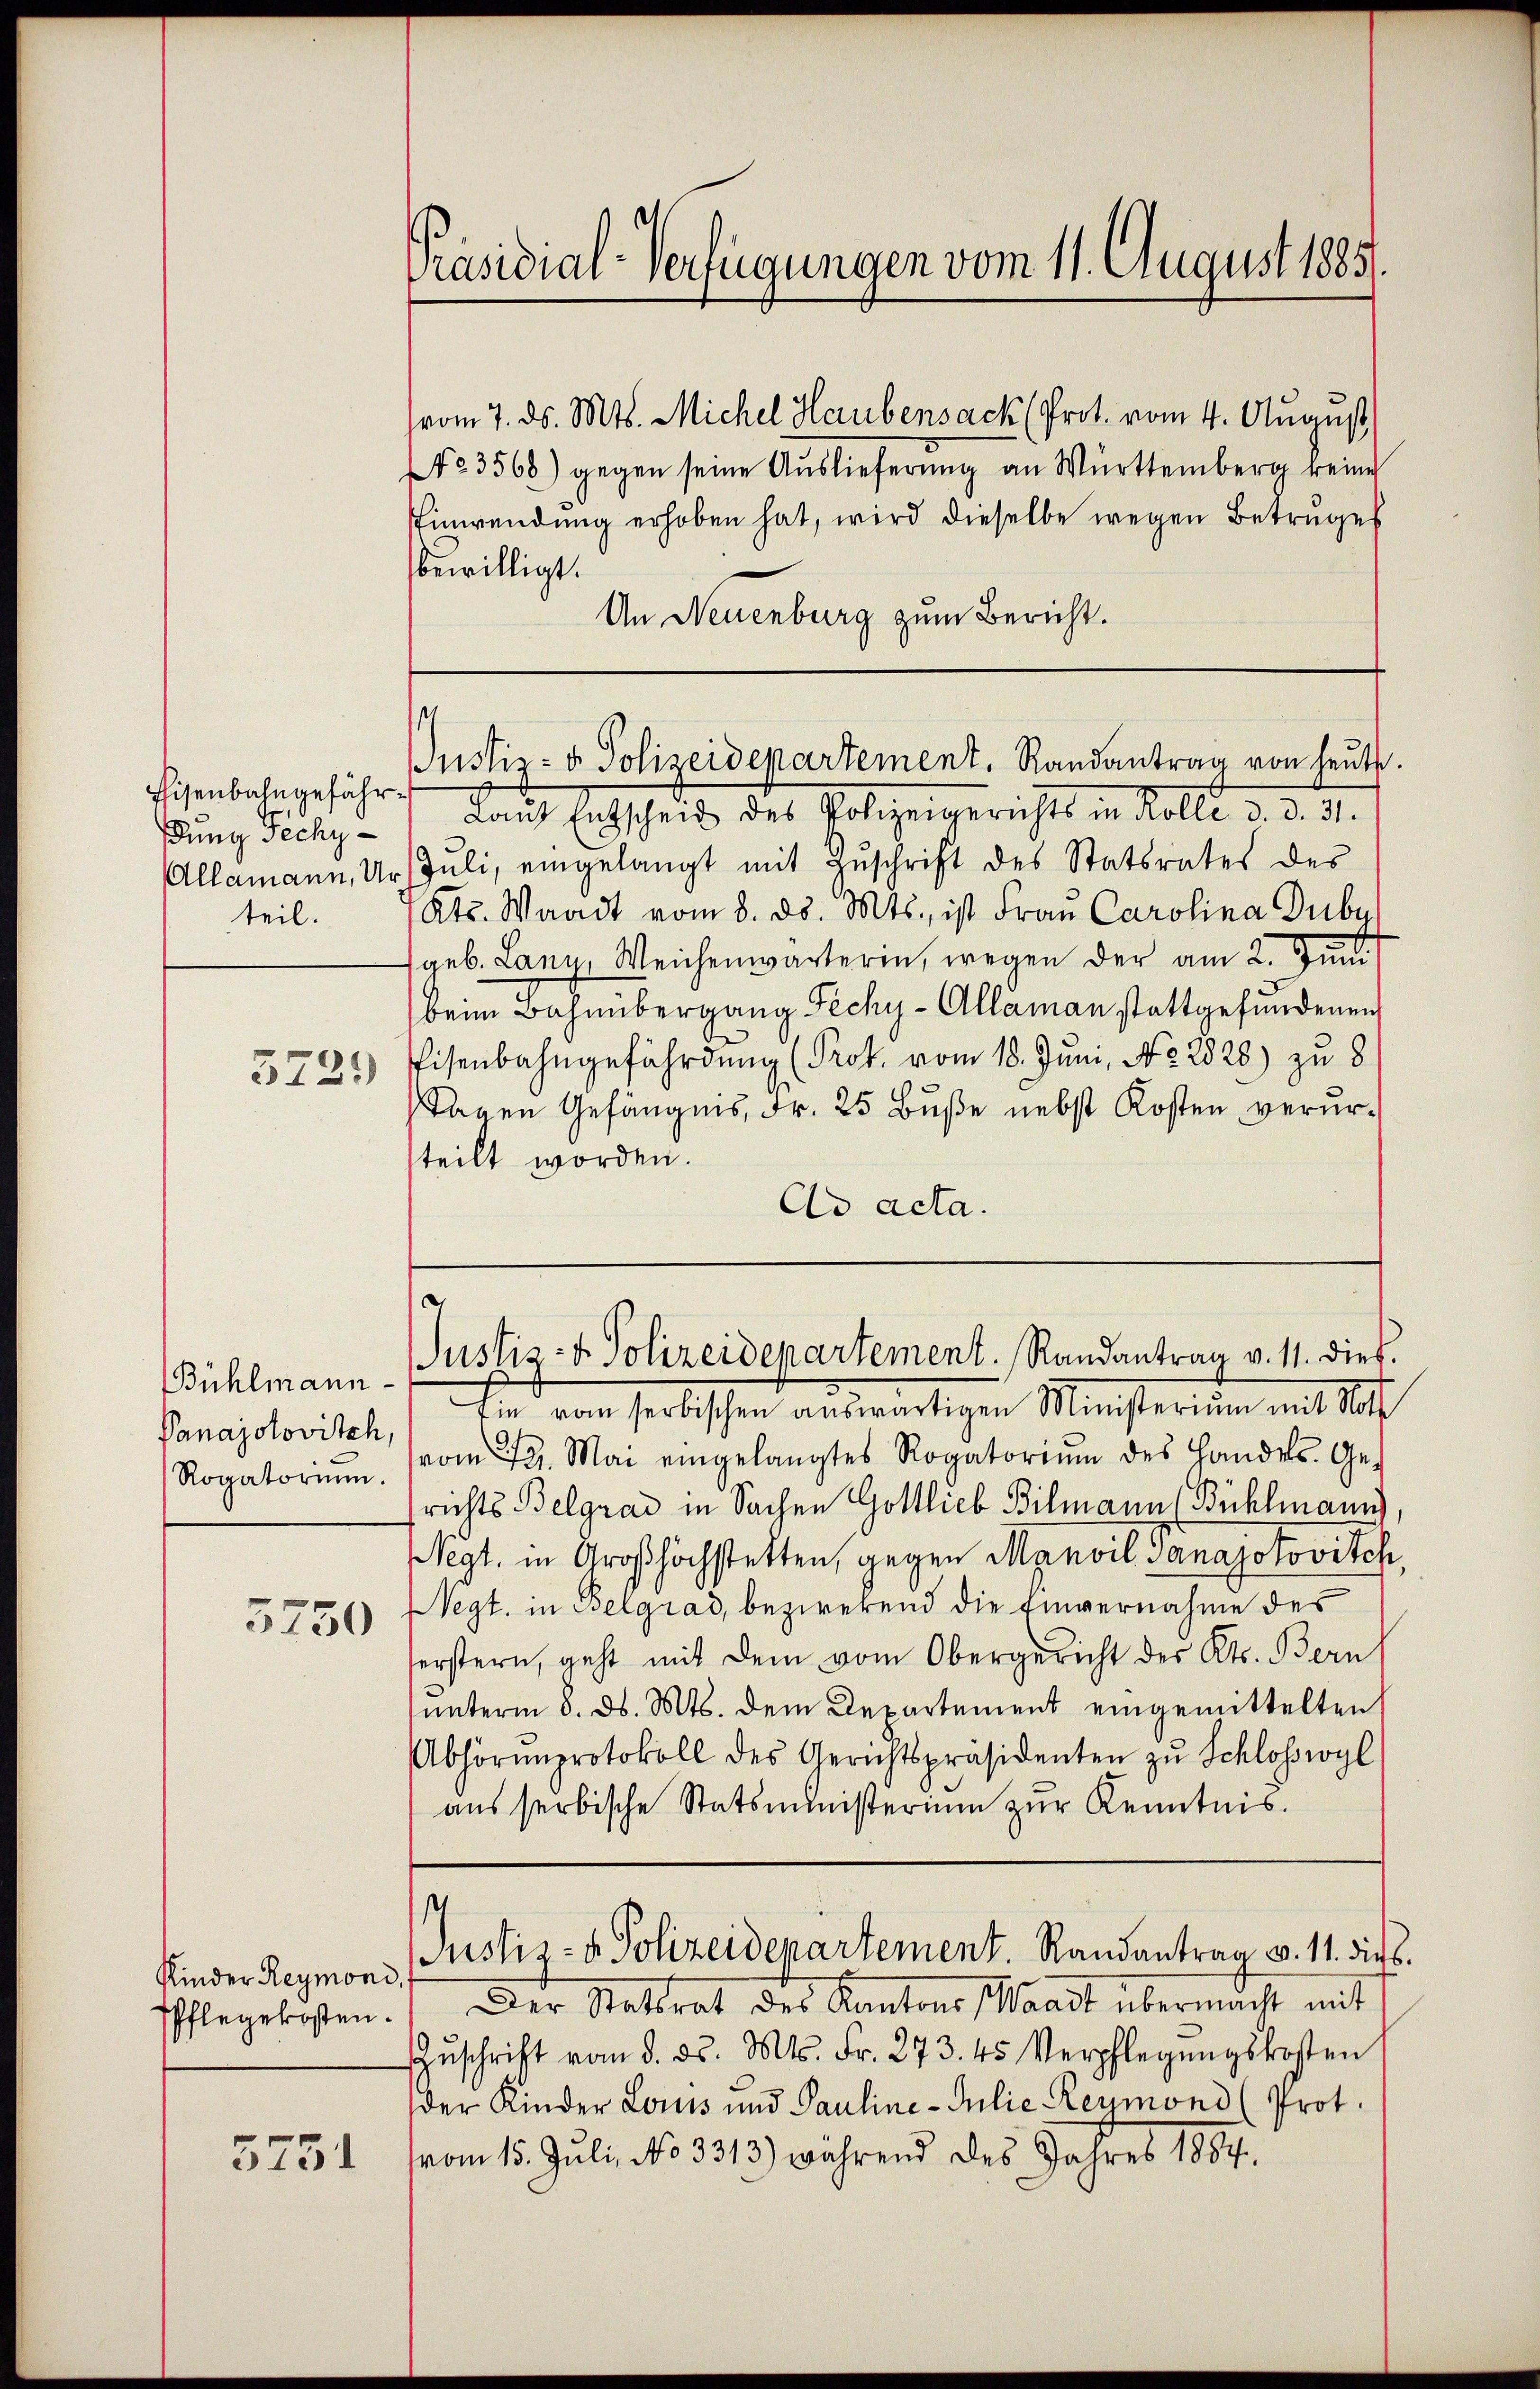
Eisenbahngefährdung Sechy-
teil.
3729)

Bühlmann
Panajolovitch,
Rogatorium.

5750

Kinder Reymoni,
Pflegekosten.

5731

vom 7. ds. Mts. Michel Haubensack (Prot. vom 4. August
No 3568) gegen seine Auslieferung an Württemberg keine
Einwendung erhoben hat, wird dieselbe wegen Betruges
bewilligt.
An Neuenburg zum Bericht.

Präsidial-Verfügungen vom 11. August 1885.

s
Justiz- & Polizeidepartement. Randantrag von heute.

Laut Entscheid des Polizeigerichts in Kolle d. d. 31.
Allamann, Urh Jŭli, eingelangt mit Zŭschrift des Statsrates des
Kts. Waadt vom 8. d. Mts., ist Frau Carolina Duby
geb. Lang, Weichenwärterin, wegen der am 2. Juni
beim Bahnübergang Fechy-Allaman stattgefundenen
Eisenbahngefährdung (Prot. vom 18. Juni, No. 2828) zu 8
Tagen Gefängnis, Fr. 25 Bŭβe nebst Kosten verur-
steilt worden.
Cs acta.

d
Justiz- & Polizeidepartement. Randantrag v. 11. dies.

Ein vom serbischen auswärtigen Ministerium mit Notf
vom 22. Mai eingelangtes Rogatoriŭm des Handels. Ge-
richts Belgrad in Sachen Gottlieb Bilmann (Bühlmann
egt. in Großhöchstetten, gegen Manvil Panajotovitch,
Negt. in Belgrad, bezwekend die Einvernahme des
erstern, geht mit dem vom Obergericht des Kts. Bern
unterm 8. ds. Mts. dem Departement eingemittelten
Abhörmprotokoll des Gerichtspräsidenten zŭ Schlosswyl
aŭs serbische Statsministerium zur Kenntnis.
¬
Justiz- & Polizeidepartement. Randantrag v. 11. dir.
Der Statsrat des Kantons (Waadt übermacht mit
Zŭschrift vom 5. ds. Mts. Fr. 273. 45 Verpflegŭngskosten
der Kinder Louis und Pauline-Julie Reymond (Prot.
vom 15. Jŭli, No 3313) während des Jahres 1884.